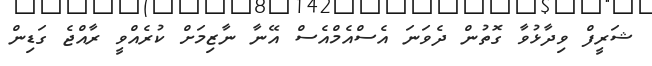
ޝަރީފް ވިދާޅުވާ ގޮތުން ދެވަނަ އެސްއެމްއެސް އޭނާ ނާޒިމަށް ކުރެއްވީ ރާއްޖެ ގަޑިން